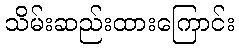
သိမ်းဆည်းထားကြောင်း